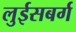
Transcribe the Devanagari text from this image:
लुईसबर्ग